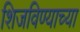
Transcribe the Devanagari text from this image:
शिजविण्याच्या